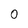
Character: 0